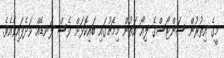
މީގެ އިތުރުން ސަންޓޯސްގެ ލިއޯ އަތުން މިމެޗުގައި ބައިކޮޅަށް ވެސް ލަނޑެއް ވަދެފައިވެއެވެ.